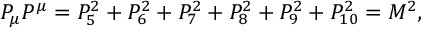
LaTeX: P _ { \mu } P ^ { \mu } = P _ { 5 } ^ { 2 } + P _ { 6 } ^ { 2 } + P _ { 7 } ^ { 2 } + P _ { 8 } ^ { 2 } + P _ { 9 } ^ { 2 } + P _ { 1 0 } ^ { 2 } = M ^ { 2 } ,